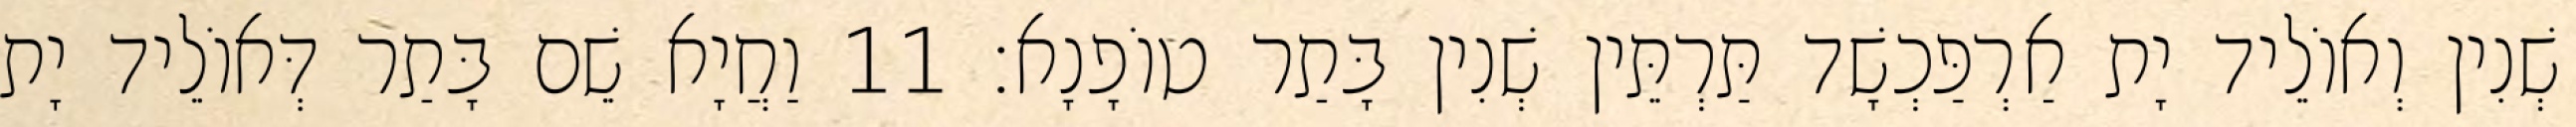
שְׁנִין וְאוֹלֵיד יָת אַרְפַּכְשָׁד תַּרְתֵּין שְׁנִין בָּתַר טוֹפָנָא׃ 11 וַחֲיָא שֵׁם בָּתַר דְּאוֹלֵיד יָת